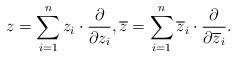
LaTeX: \begin{align*}z = \sum_{i = 1}^{n} z_i \cdot \frac{\partial}{\partial z_i}, \overline{z} = \sum_{i = 1}^{n} \overline{z}_i \cdot \frac{\partial}{\partial \overline{z}_i}.\end{align*}